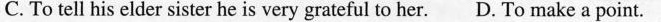
C. To tell his elder sister he is very grateful to her. D. To make a point.